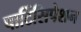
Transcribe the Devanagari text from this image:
पार्टिसिपेशन